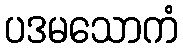
ပဒမသောကံ